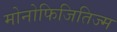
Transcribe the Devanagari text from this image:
मोनोफिजितिज्म